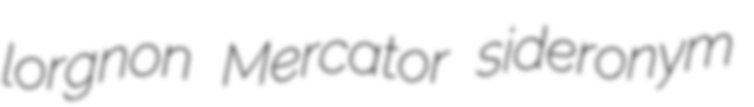
lorgnon Mercator sideronym